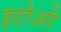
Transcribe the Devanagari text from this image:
इटोओ